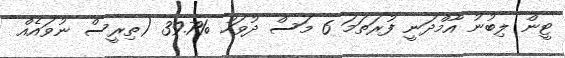
ޓީން ލިބުނު އާމްދަނީ ފުރަތަމަ 6 މަސް ދުވަހު %39.7 (ތިރީސް ނުވައެއް